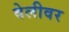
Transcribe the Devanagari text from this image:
वेलीवर